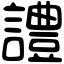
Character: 𧬹